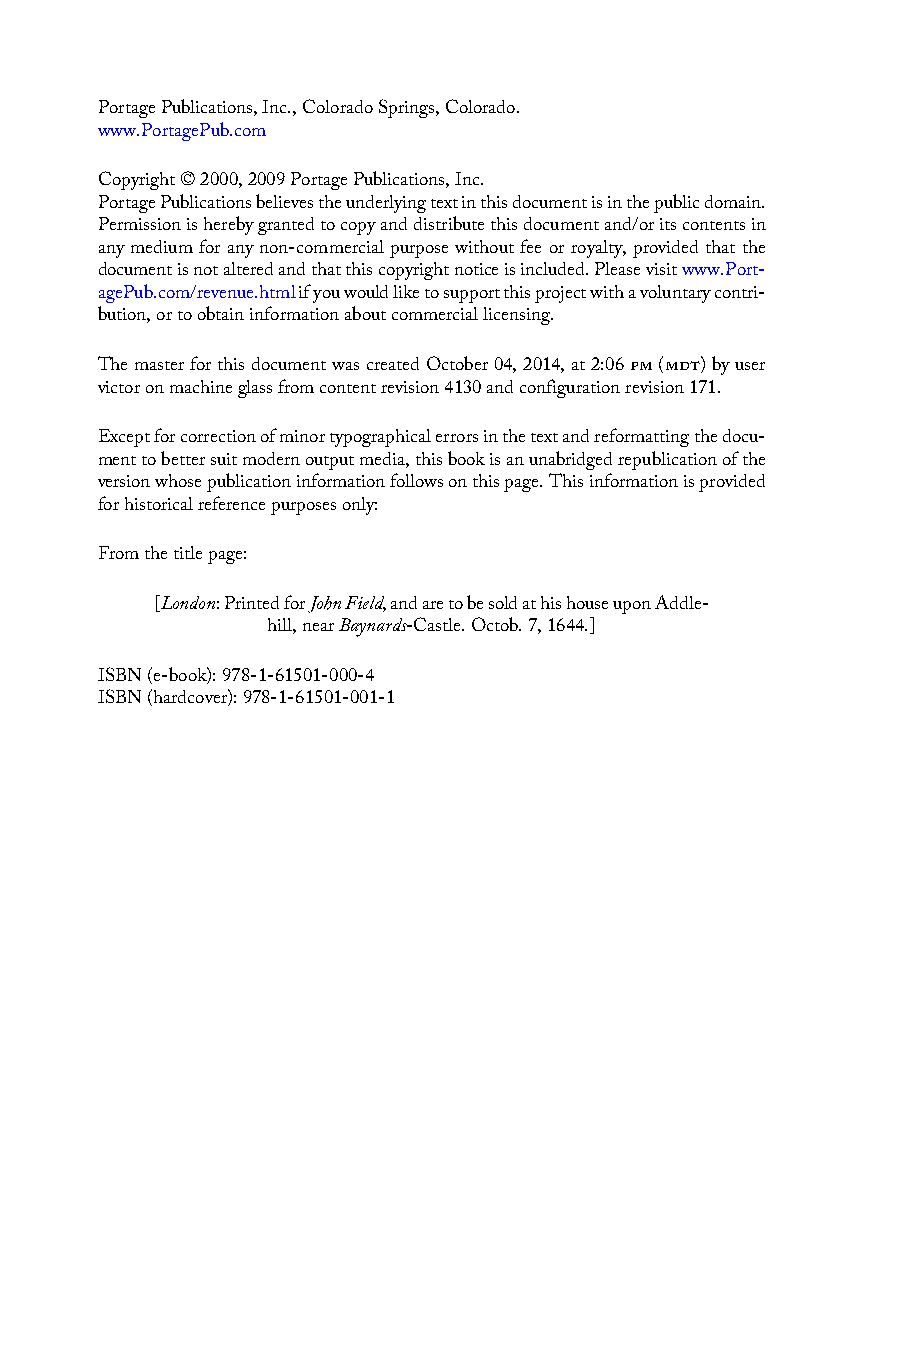
Portage Publications, Inc., Colorado Springs, Colorado.
 www.PortagePub.com
 Copyright © 2000, 2009 Portage Publications, Inc.
 Portage Publications believes the underlying text in this document is in the public domain.
 Permission is hereby granted to copy and distribute this document and/or its contents in
 any medium for any non-commercial purpose without fee or royalty, provided that the
 document is not altered and that this copyright notice is included. Please visit www.Port-
 agePub.com/revenue.html if you would like to support this project with a voluntary contri-
 bution, or to obtain information about commercial licensing.
 The master for this document was created October 04, 2014, at 2:06 pm (mdt) by user
 victor on machine glass from content revision 4130 and configuration revision 171.
 Except for correction of minor typographical errors in the text and reformatting the docu-
 ment to better suit modern output media, this book is an unabridged republication of the
 version whose publication information follows on this page. This information is provided
 for historical reference purposes only:
 From the title page:
 [London: Printed for John Field, and are to be sold at his house upon Addle-
 hill, near Baynards-Castle. Octob. 7, 1644.]
 ISBN (e-book): 978-1-61501-000-4
 ISBN (hardcover): 978-1-61501-001-1